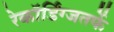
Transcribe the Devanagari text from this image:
रेकॉर्डिंग्जतर्फे